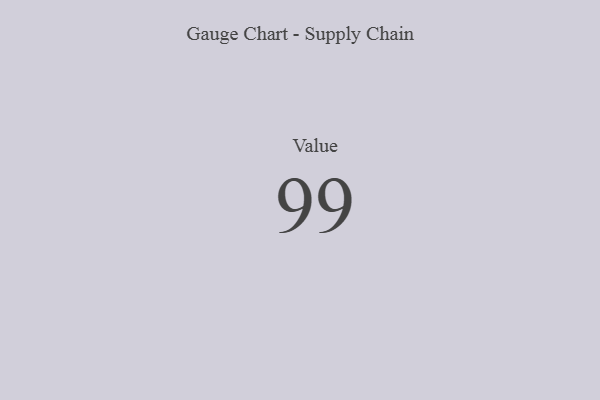
{"axis": {"x": "Metric", "y": "Value"}, "legend": [""], "data": [{"x": "Value", "y": 99, "type": ""}]}